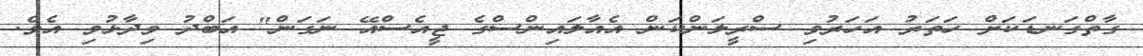
ގާތްގަނޑަކަށް ހަތަރު އަހަރުވި ސްރީލަންކަން އެއާލައިންސްގެ ޖީއެސްއޭ ނަގަން" އަބްދު ވިދާޅުވި އެވެ.